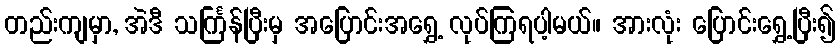
တည်းကျမှာ, အဲဒီ သင်္ကြန်ပြီးမှ အပြောင်းအရွှေ့ လုပ်ကြရပါ့မယ်။ အားလုံး ပြောင်းရွှေ့ပြီး၍